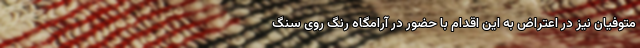
متوفیان نیز در اعتراض به این اقدام با حضور در آرامگاه رنگ روی سنگ